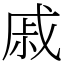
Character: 戚